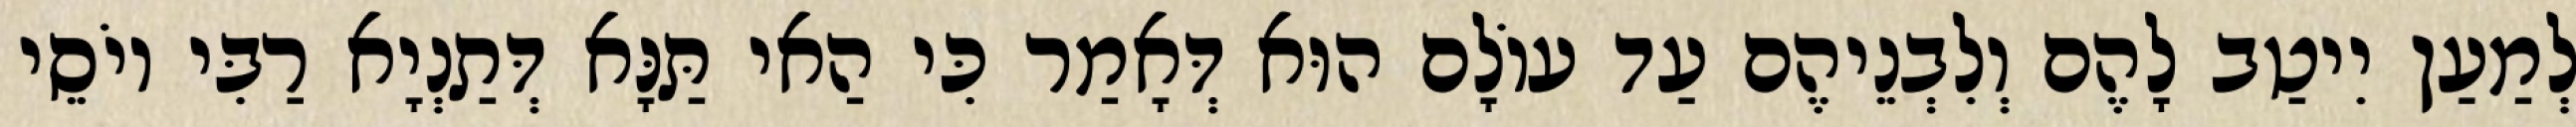
לְמַעַן יִיטַב לָהֶם וְלִבְנֵיהֶם עַד עוֹלָם הוּא דְּאָמַר כִּי הַאי תַּנָּא דְּתַנְיָא רַבִּי יוֹסֵי